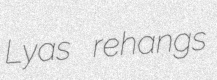
Lyas rehangs